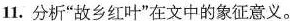
11. 分析”故乡红叶”在文中的象征意义。